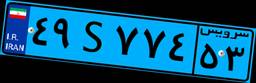
۳۷S۶۵۳۹۴